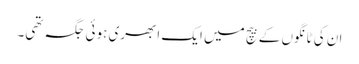
ان کی ٹانگوں کے بیچ میں ایک ابھری ہوئی جگہ تھی۔